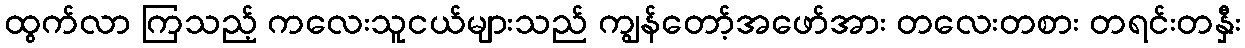
ထွက်လာ ကြသည့် ကလေးသူငယ်များသည် ကျွန်တော့်အဖော်အား တလေးတစား တရင်းတနှီး